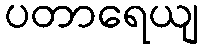
ပတာရေယျ